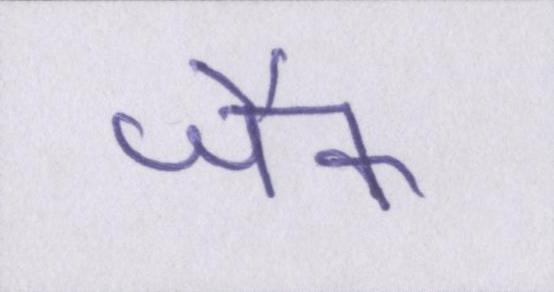
जैक